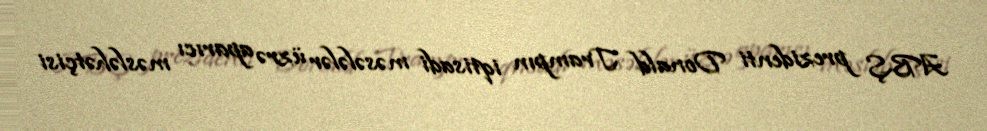
ABŞ prezidenti Donald Trampın iqtisadi məsələlər üzrə aparıcı məsləhətçisi